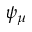
\psi _ { \mu }